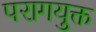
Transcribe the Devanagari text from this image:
परागयुक्त